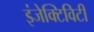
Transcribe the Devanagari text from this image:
इंजेक्टिविटी